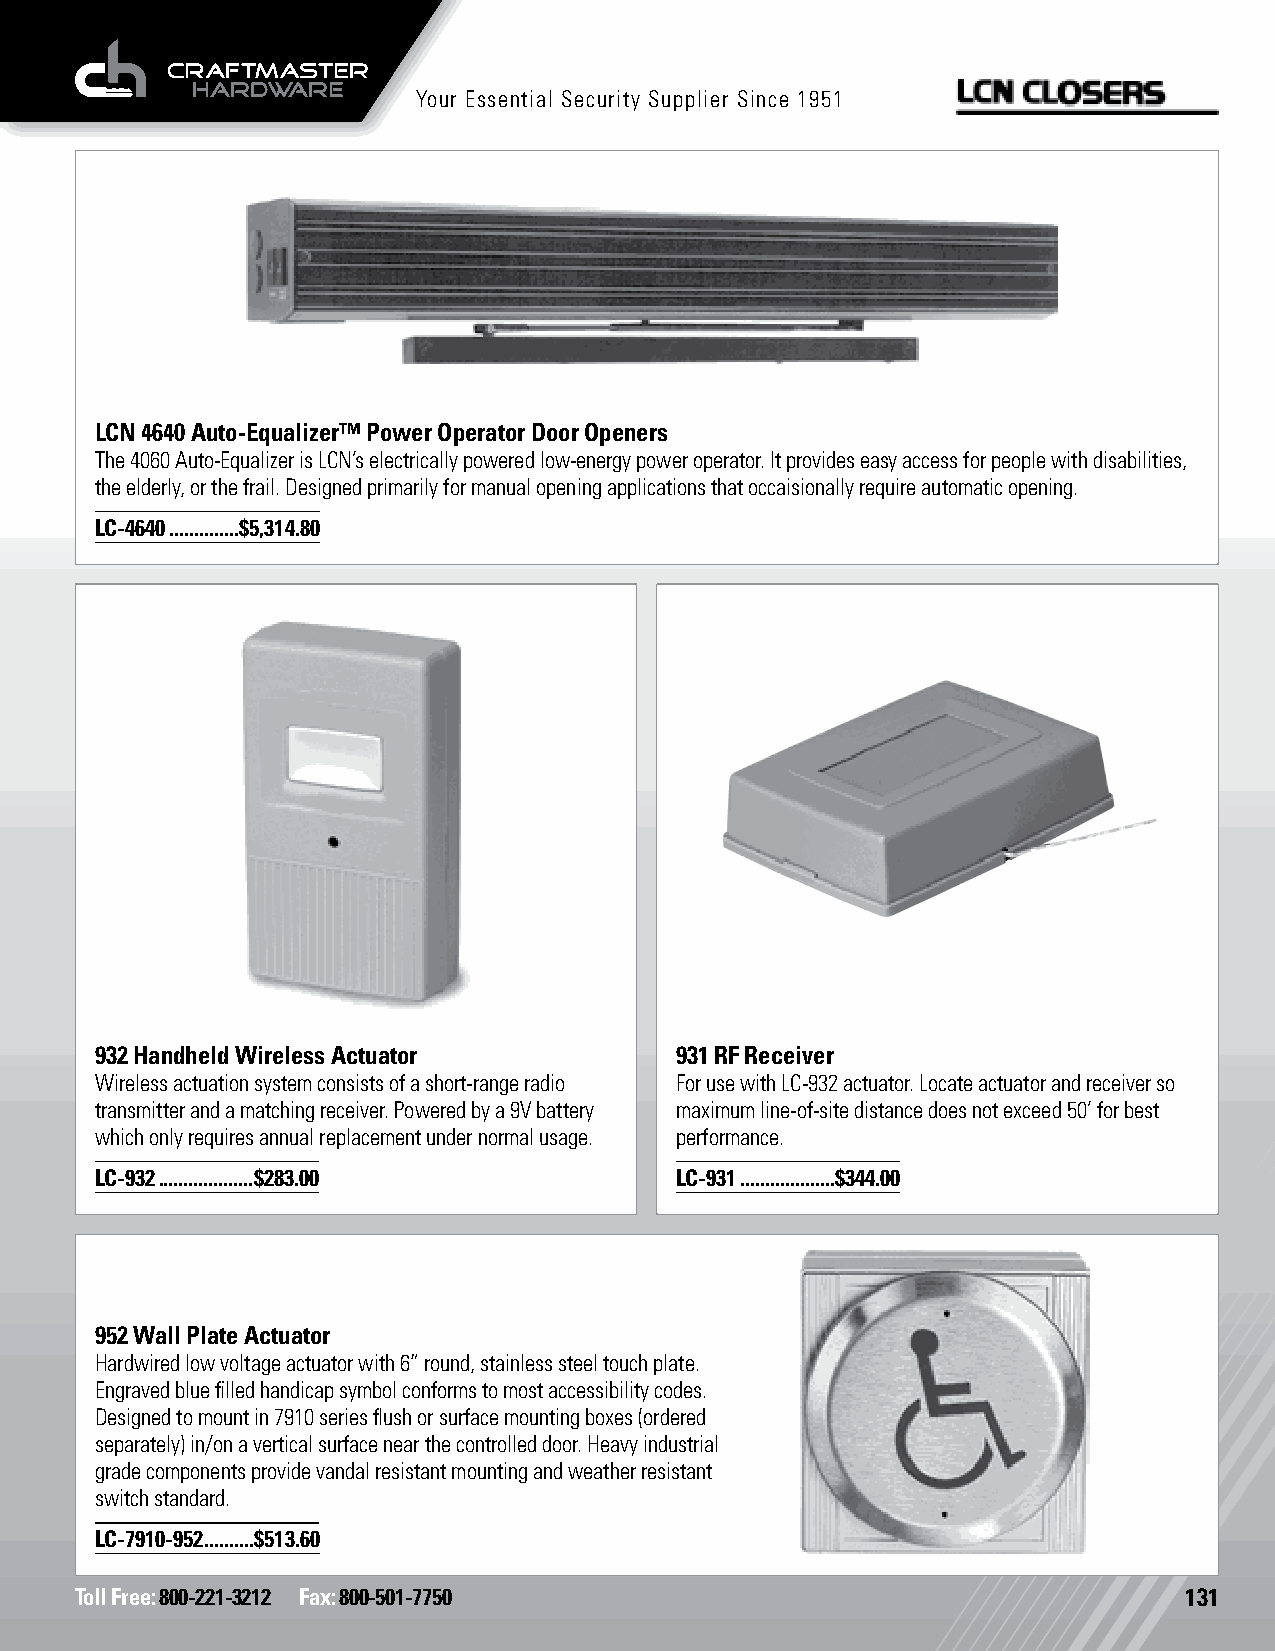
Your Essential Security Supplier Since 1951
 LCN 4640 Auto-Equalizer™ Power Operator Door Openers
 The 4060 Auto-Equalizer is LCN’s electrically powered low-energy power operator. It provides easy access for people with disabilities,
 the elderly, or the frail. Designed primarily for manual opening applications that occaisionally require automatic opening.
 LC-4640 ..............$5,314.80
 932 Handheld Wireless Actuator         931 RF Receiver
 Wireless actuation system consists of a short-range radio For use with LC-932 actuator. Locate actuator and receiver so
 transmitter and a matching receiver. Powered by a 9V battery maximum line-of-site distance does not exceed 50’ for best
 which only requires annual replacement under normal usage. performance.
 LC-932 ...................$283.00      LC-931 ...................$344.00
 952 Wall Plate Actuator
 Hardwired low voltage actuator with 6” round, stainless steel touch plate.
 Engraved blue filled handicap symbol conforms to most accessibility codes.
 Designed to mount in 7910 series flush or surface mounting boxes (ordered
 separately) in/on a vertical surface near the controlled door. Heavy industrial
 grade components provide vandal resistant mounting and weather resistant
 switch standard.
 LC-7910-952 ..........$513.60
 Toll Free: 800-221-3212 Fax: 800-501-7750                                131